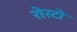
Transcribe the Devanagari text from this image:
रोस्टो